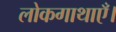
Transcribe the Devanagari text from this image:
लोकगाथाएँ।